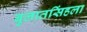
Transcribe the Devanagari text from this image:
बुलातसिंहला